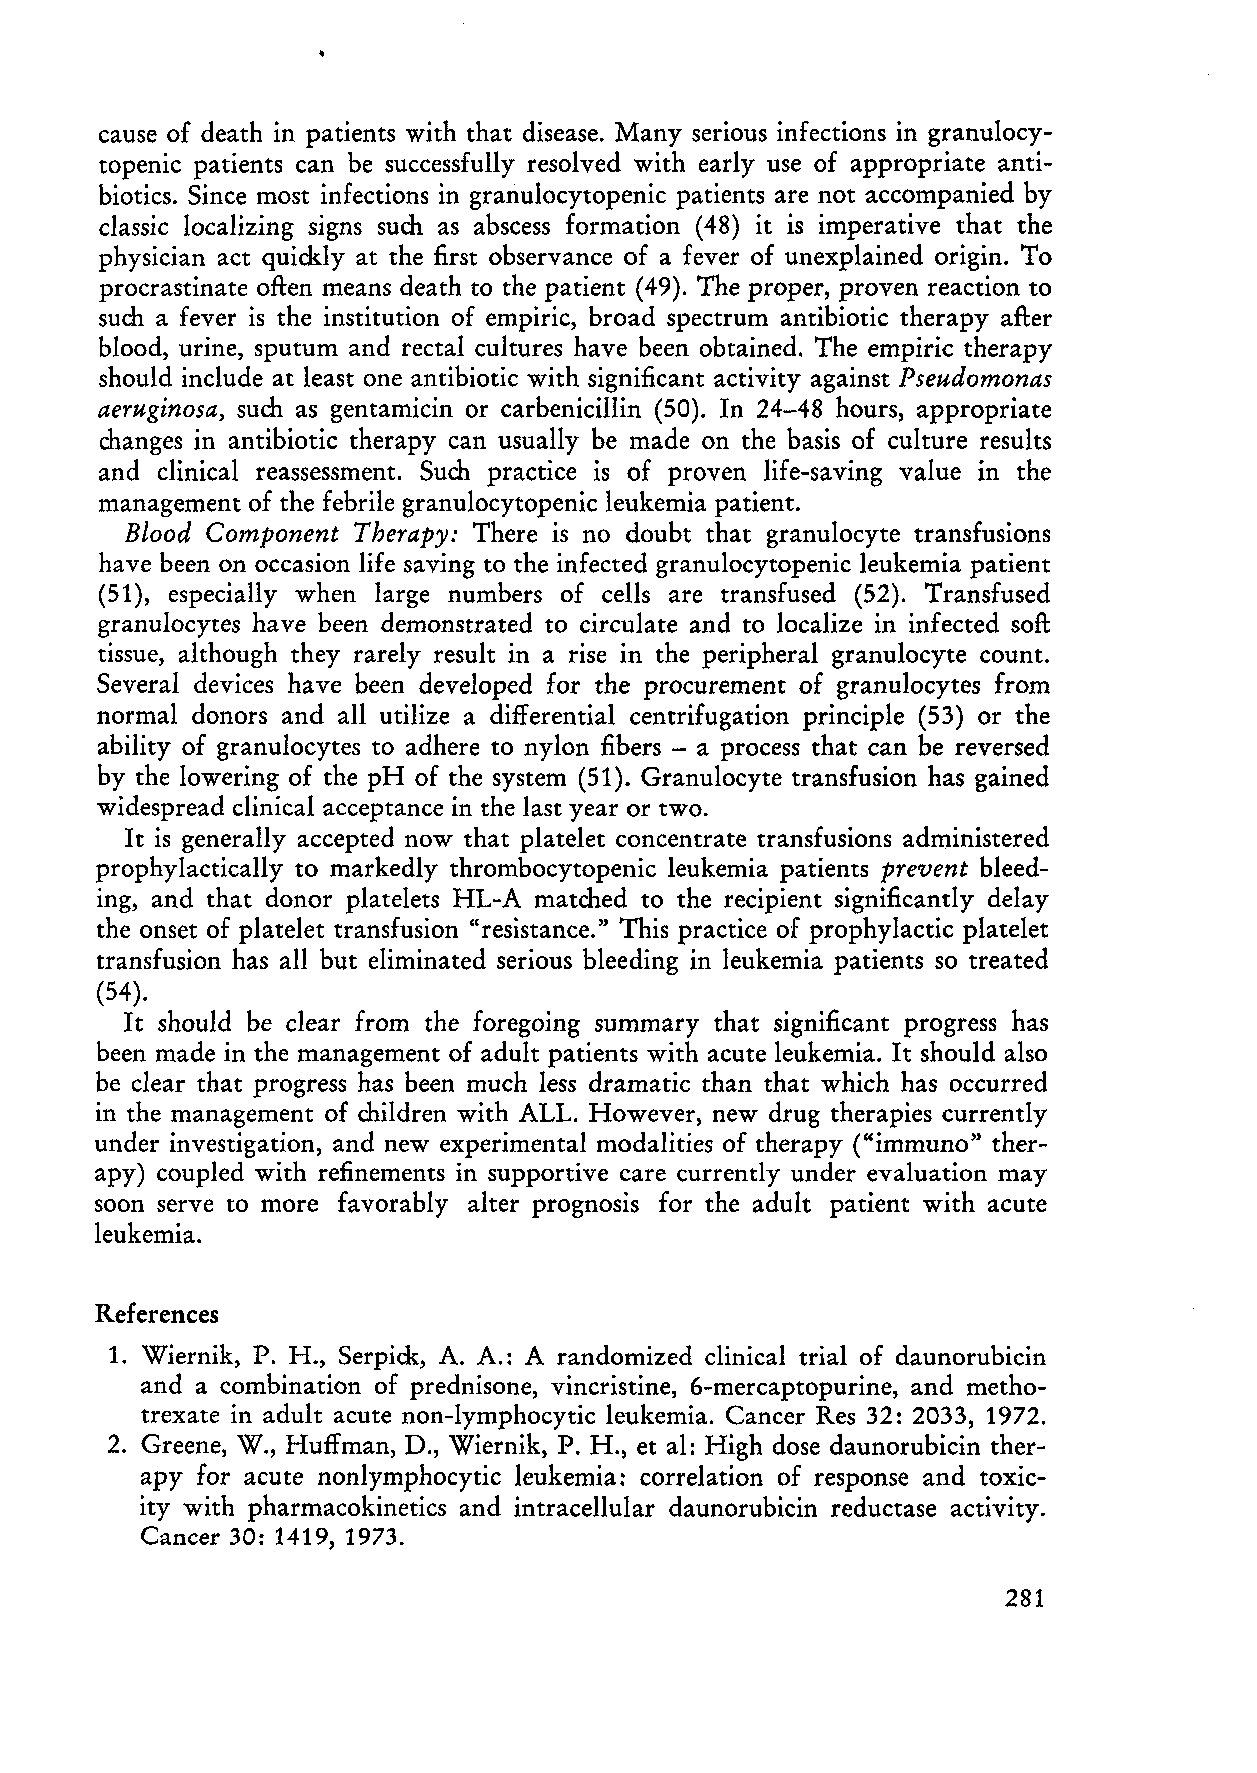
cause of death in patients with that disease. Many serious infections in granulocy
 topenic patients can be successfully resolved with early use of appropriate anti
 biotics. Since most infections in granulocytopenic patients are not accompanied by
 classic localizing signs such as abscess formation (48) it is imperative that the
 physician act quickly at the first observance of a fever of unexplained origin. To
 procrastinate ollen means death to the patient (49). The proper, proven reaction to
 such a fever is the institution of empirie, broad spectrum antibiotic therapy after
 blood, urine, sputum and reet al cultures have been obtained. The empirie therapy
 should include at least one antibiotic with significant activity against Pseudomonas
 aeruginosa, such as gentamiein or carbenicillin (50). In 24-48 hours, appropriate
 changes in antibiotic therapy can usually be made on the basis of culture results
 and clinical reassessment. Such practice is of proven life-saving value in the
 management of the febrile granulocytopenic leukemia patient.
 Blood Component Therapy: There is no doubt that granulocyte transfusions
 have been on occasion life saving to the infected granulocytopenic leukemia patient
 (51), especially when large numbers of cells are transfused (52). Transfused
 granulocytes have been demonstrated to circulate and to localize in infected soft:
 tissue, although they rarely result in a rise in the peripheral granulocyte count.
 Several devices have been developed for the procurement of granulocytes from
 normal donors and all utilize a differential centrifugation principle (53) or the
 ability of granulocytes to adhere to nylon fibers - a process that can be reversed
 by the lowering of the pH of the system (51). Granulocyte transfusion has gained
 widespread clinical acceptance in the last year or two.
 It is generally accepted now that platelet concentrate transfusions administered
 prophylactically to markedly thrombocytopenic leukemia patients prevent bleed
 ing, and that donor platelets HL-A matched to the recipient significantly delay
 the onset of platelet transfusion "resistance." This practice of prophylactic platelet
 transfusion has all but eliminated serious bleeding in leukemia patients so treated
 (54).
 It should be clear from the foregoing summary that significant progress has
 been made in the management of adult patients with acute leukemia. It should also
 be clear that progress has been much less dramatic than that whi ch has occurred
 in the management of children with ALL. However, new drug therapies currently
 under investigation, and new experimental modalities of therapy ("immuno" ther
 apy) coupled with refinements in supportive care currently under evaluation may
 soon serve to more favorably alter prognosis for the adult patient with acute
 leukemia.
 References
 1. Wiernik, P. H., Serpick, A. A.: A randomized clinical trial of daunorubicin
 and a combination of prednisone, vincristine, 6-mercaptopurine, and metho
 trexate in adult acute non-Iymphocytic leukemia. Cancer Res 32: 2033, 1972.
 2. Greene, W., Huffman, D., Wiernik, P. H., et al: High dose daunorubicin ther
 apy for acute nonlymphocytic leukemia: correlation of response and toxic
 ity with pharmacokinetics and intracellular daunorubicin reductase activity.
 Cancer 30: 1419, 1973.
 281